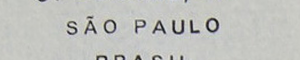
SÃO PAULO